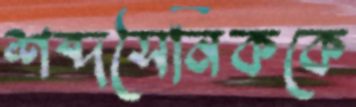
শব্দসৈনিককে